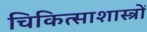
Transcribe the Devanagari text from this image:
चिकित्साशास्त्रों